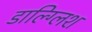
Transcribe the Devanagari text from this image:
डाल्ग्लिश